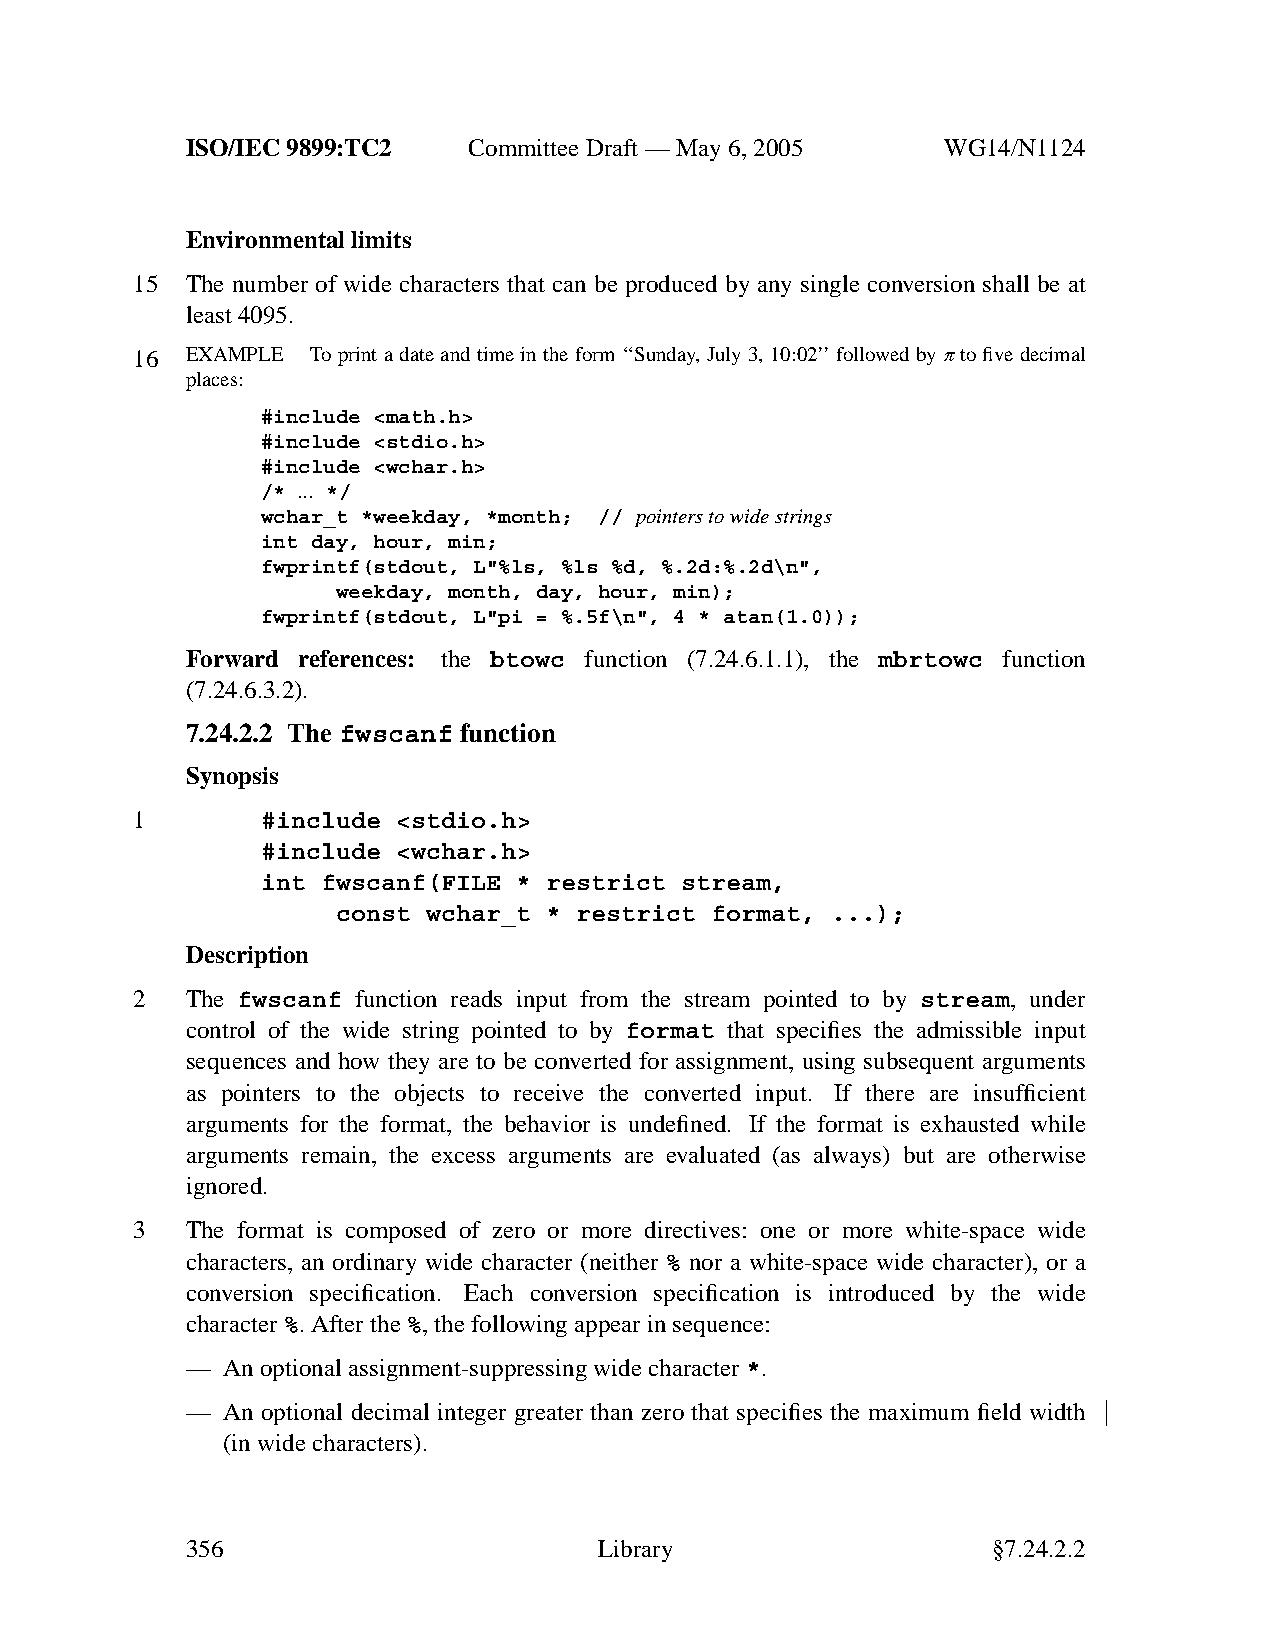
ISO/IEC 9899:TC2   Committee Draft — May 6, 2005   WG14/N1124
 Environmental limits
 15 The number of wide characters that can be produced by any single conversion shall be at
 least 4095.
 16 EXAMPLE  To print a date and time in the form ‘‘Sunday, July 3, 10:02’’ followed by πto five decimal
 places:
 #include <math.h>
 #include <stdio.h>
 #include <wchar.h>
 /* ... */
 wchar_t *weekday, *month; // pointerstowide strings
 int day, hour, min;
 fwprintf(stdout, L"%ls, %ls %d, %.2d:%.2d\n",
 weekday, month, day, hour, min);
 fwprintf(stdout, L"pi = %.5f\n", 4 * atan(1.0));
 Forward references: the btowc function (7.24.6.1.1), the mbrtowc function
 (7.24.6.3.2).
 7.24.2.2 The fwscanf function
 Synopsis
 1       #include <stdio.h>
 #include <wchar.h>
 int fwscanf(FILE * restrict stream,
 const wchar_t * restrict format, ...);
 Description
 2  The fwscanf function reads input from the stream pointed to by stream, under
 control of the wide string pointed to by format that specifies the admissible input
 sequences and how they are to be converted for assignment, using subsequent arguments
 as pointers to the objects to receive the converted input. If there are insufficient
 arguments for the format, the behavior is undefined. If the format is exhausted while
 arguments remain, the excess arguments are evaluated (as always) but are otherwise
 ignored.
 3  The format is composed of zero or more directives: one or more white-space wide
 characters, an ordinary wide character (neither % nor a white-space wide character), or a
 conversion specification. Each conversion specification is introduced by the wide
 character%.After the%,the following appear in sequence:
 —  Anoptional assignment-suppressing wide character *.
 —  An optional decimal integer greater than zero that specifies the maximum field width
 (in wide characters).
 356                         Library                   §7.24.2.2